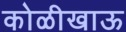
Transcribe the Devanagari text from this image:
कोळीखाऊ